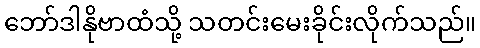
ဘော်ဒါနိုဗာထံသို့ သတင်းမေးခိုင်းလိုက်သည်။